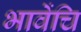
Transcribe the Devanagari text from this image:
भावेंचि